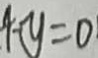
1 - y = 0